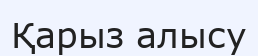
Қарыз алысу